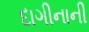
દાગીનાની